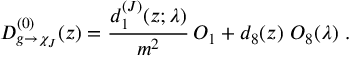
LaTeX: D _ { g \rightarrow \chi _ { J } } ^ { ( 0 ) } ( z ) = \frac { d _ { 1 } ^ { ( J ) } ( z ; \lambda ) } { m ^ { 2 } } \, O _ { 1 } + d _ { 8 } ( z ) \ O _ { 8 } ( \lambda ) \ .